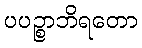
ပပဉ္စာဘိရတော